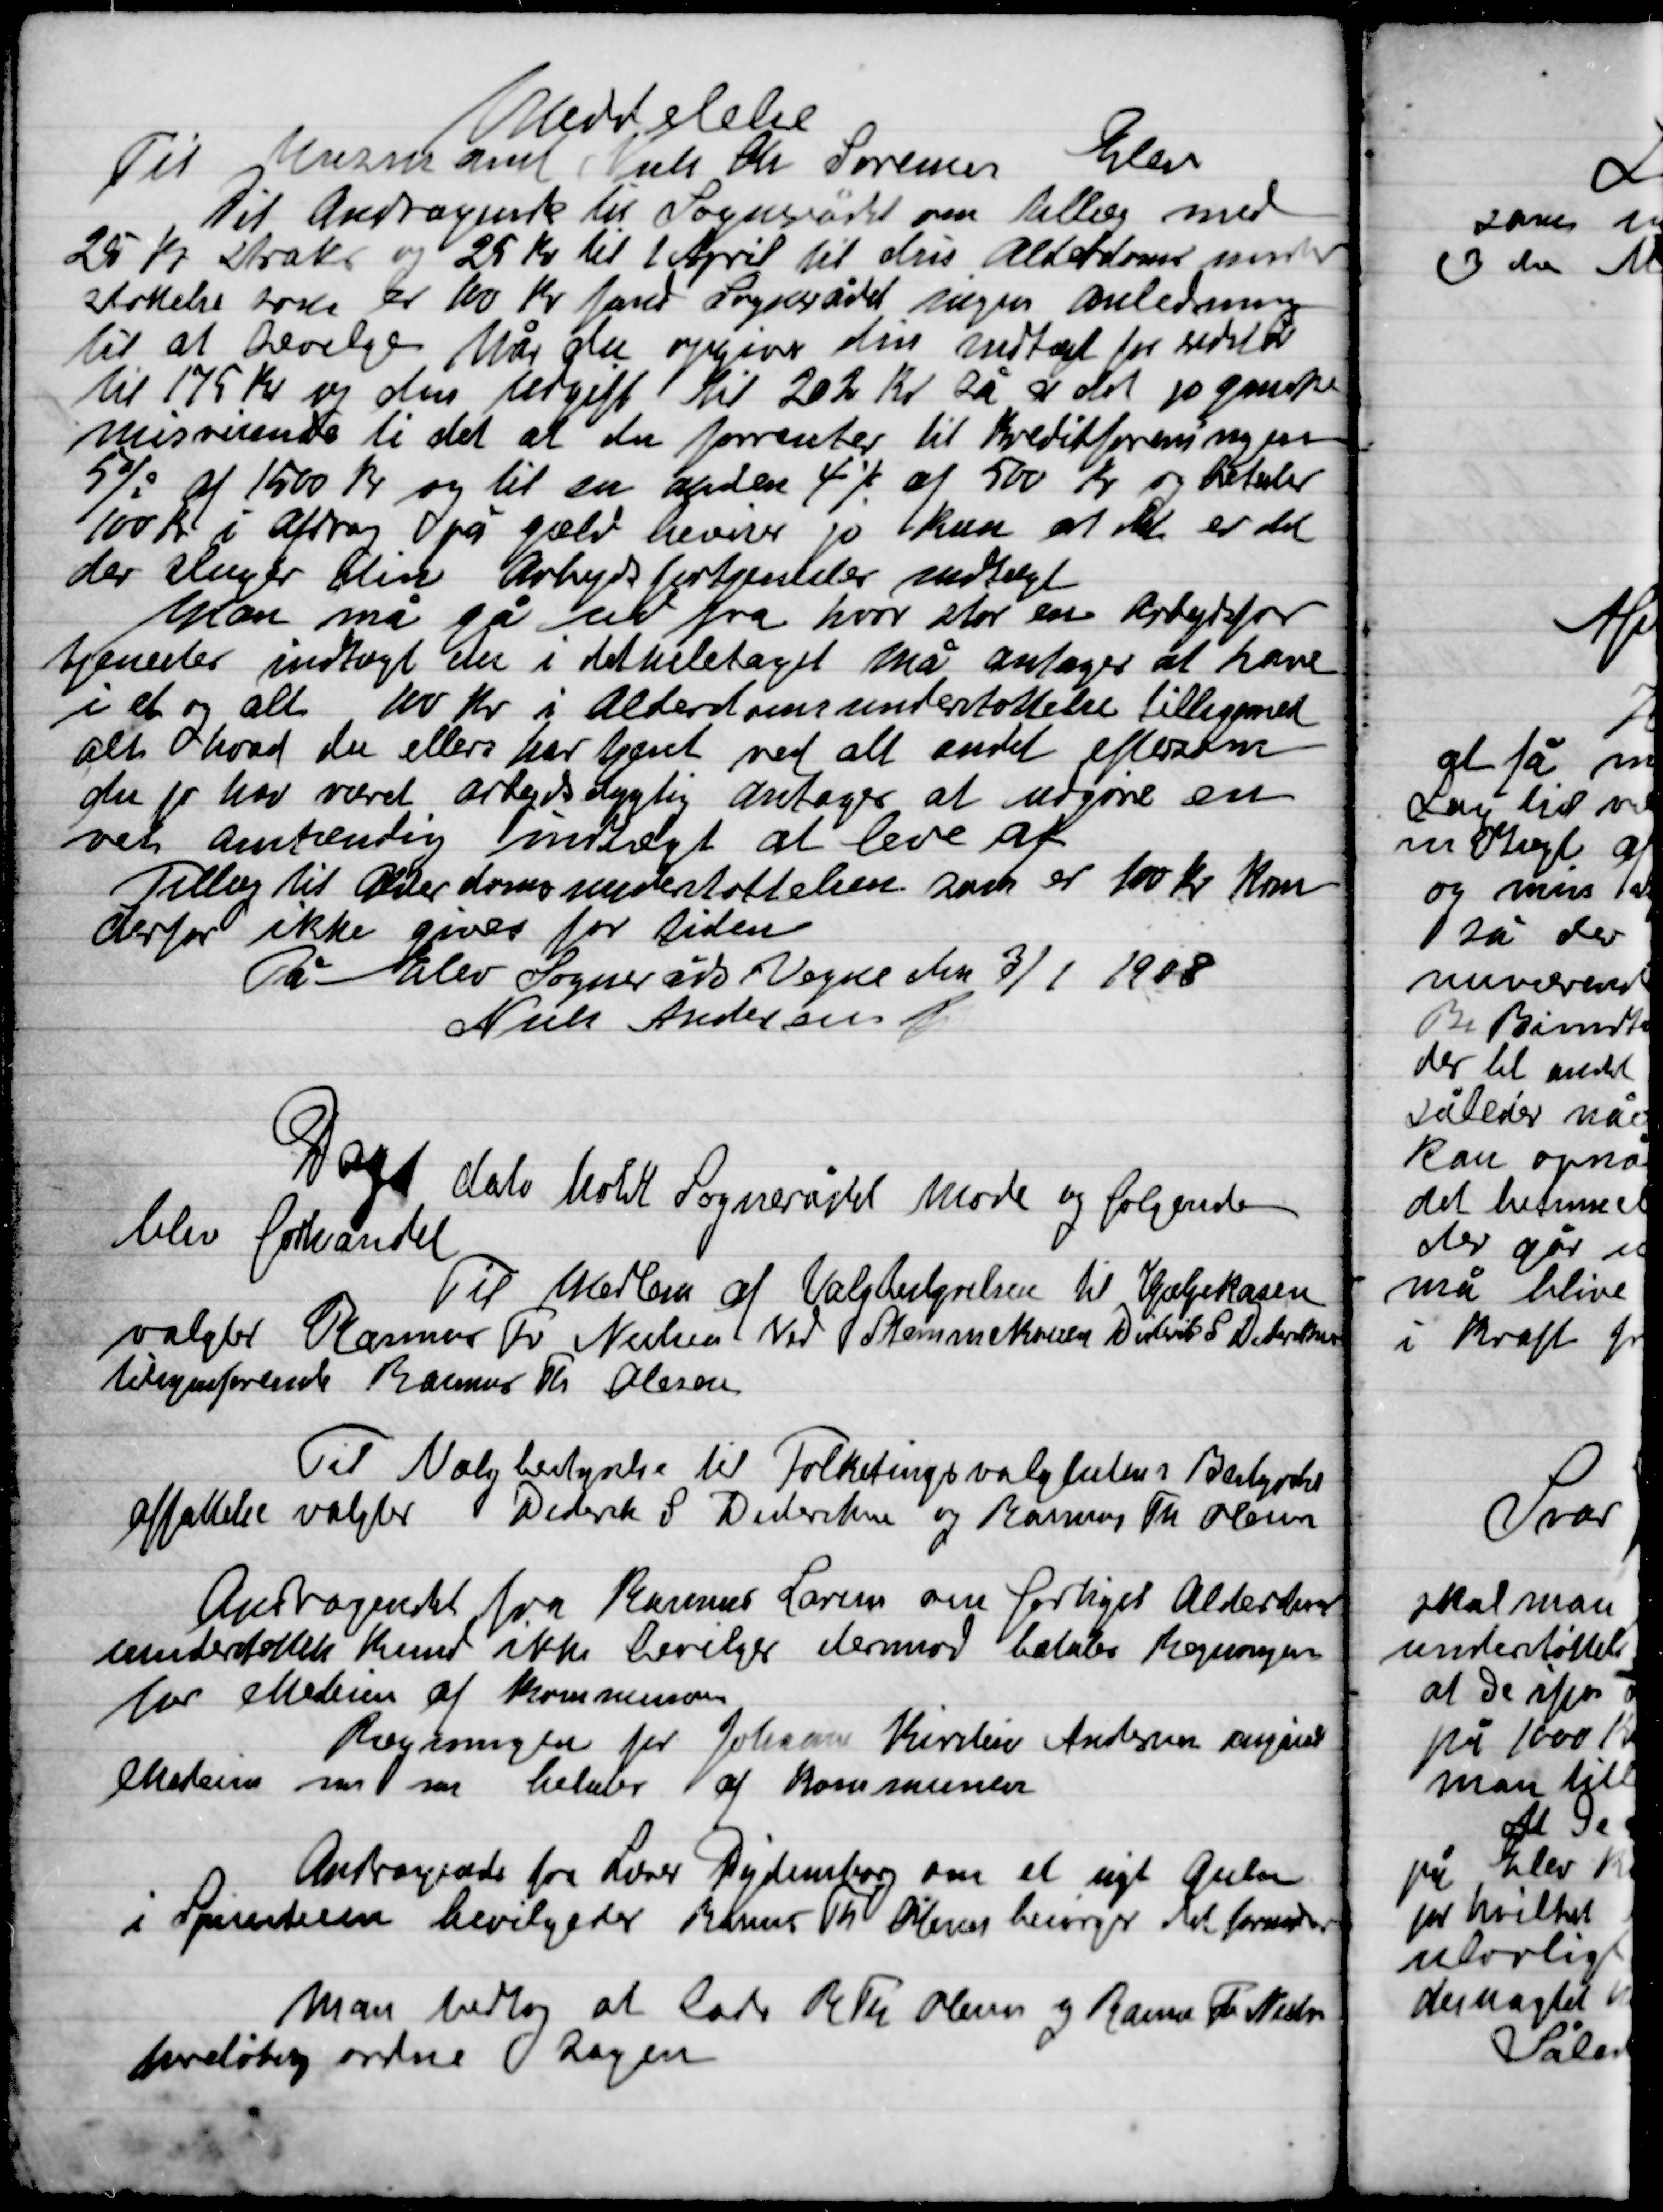
Transskription:
Meddelelse
Til Murermand Niels Kr. Sørensen Elev
Dit Andragende til Sognerådet om tillæg med
25 Kr. straks og 25 Kr. til 1. April til din Alderdomsunder-
støttelse  er 100 Kr. fandt Sognerådet ingen Anledning
til at  Når du opgiver din Indtægt før Skat
til 175 Kr. og din udgift til 202 Kr. Så er det jo ganske
misvisende ti det at der forrenter til Kreditforeningen
5 % af 1500 Kr. og til en anden 4 % af 500 Kr. og betaler
100 Kr. i Afdrag på gæld beviser jo kun at det er det
der sluger din Arbejdsfortjeneste saameget.
Man må gå ud fra hvor stor en Arbejdsfor-
tjeneste indtægt der i det  hele taget må antage at have
i et og alt 100 Kr. i Alderdomsunderstøttelse tilligemed
alt hvad du ellers har tjent ved alt andet eftersom
der jo har været arbejdsdygtig antager at udgøre en
ret omtrentlig indtægt at leve af
Tillæg til Alderdomsunderstøttelse som er 100 Kr. Kan
derfor ikke gives for tiden
På Elev Sogneråds Vegne den 3/1 1908
Niels Andersen

Dags Dato holdt Sognerådet møde og følgende
blev forhandlet.
Til Medlem af Valgbestyrelsen til Hjælpekassen
valgtes Rasmus Fr. Nielsen ved stemmekassen Diderik S. Dideriksen
Tilsynsførende Rasmus Th. Olesen
Til Valgbestyrelse til Folketingsvalgtalene Bestyrelses-
affattelse valgtes Diderik S. Dideriksen og Rasmus Th. Olesen

Andraget fra Rasmus Larsen om forhøjet Alderdoms-
understøttelse kunde ikke bevilges dermod betales Regningen
for Medicin af Kommunen.
Regningen for Johanne Kierstine Andersen angivea
Medicin m. m. betales af Kommunen

Andragende fra Lærer Dydensborg om et nyt gulv
i Spisestuen bevilgedes Rasmus Th. Olesen besørger det fornødne
Man vedtog at lade R. Th. Olesen og Rasmus Fr. Nielsen
foreløbig ordne Sagen.